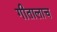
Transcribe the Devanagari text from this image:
गीतालाच